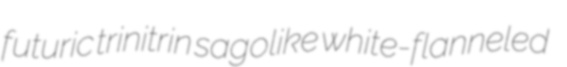
futuric trinitrin sagolike white-flanneled